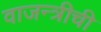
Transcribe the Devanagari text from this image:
वाजन्त्रीची